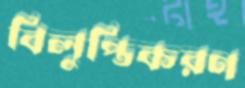
বিলুপ্তিকরণ